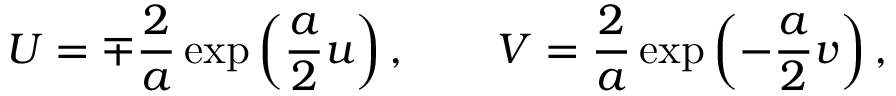
U = \mp \frac { 2 } { a } \exp \left( \frac { a } { 2 } u \right) , \quad \quad V = \frac { 2 } { a } \exp \left( - \frac { a } { 2 } v \right) ,